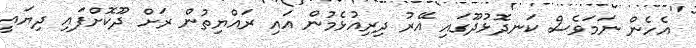
އެހެން ނަމަވެސް ކަނދޮޅުދޫގައި އޭރު ދިރިއުޅެމުން އައި ރައްޔިތުން ރަށް ދޫކޮށްފައި ދިޔައީ